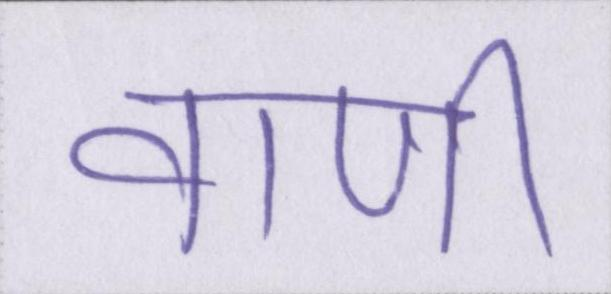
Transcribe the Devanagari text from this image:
वाणी